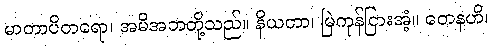
မာတာပိတရော၊ အမိအဘတို့သည်။ နိယတာ၊ မြဲကုန်ငြားအံ့။ တေနဟိ၊